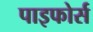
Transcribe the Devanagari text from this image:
पाइफोर्स